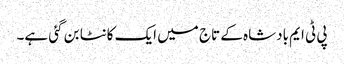
پی ٹی ایم بادشاہ کے تاج میں ایک کانٹا بن گئی ہے۔